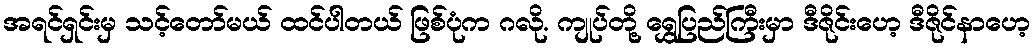
အရင်ရှင်းမှ သင့်တော်မယ် ထင်ပါတယ် ဖြစ်ပုံက ဂလို. ကျုပ်တို့ ရွှေပြည်ကြီးမှာ ဒီဇိုင်းဟေ့ ဒီဇိုင်နာဟေ့